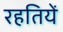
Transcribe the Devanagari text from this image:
रहतियें